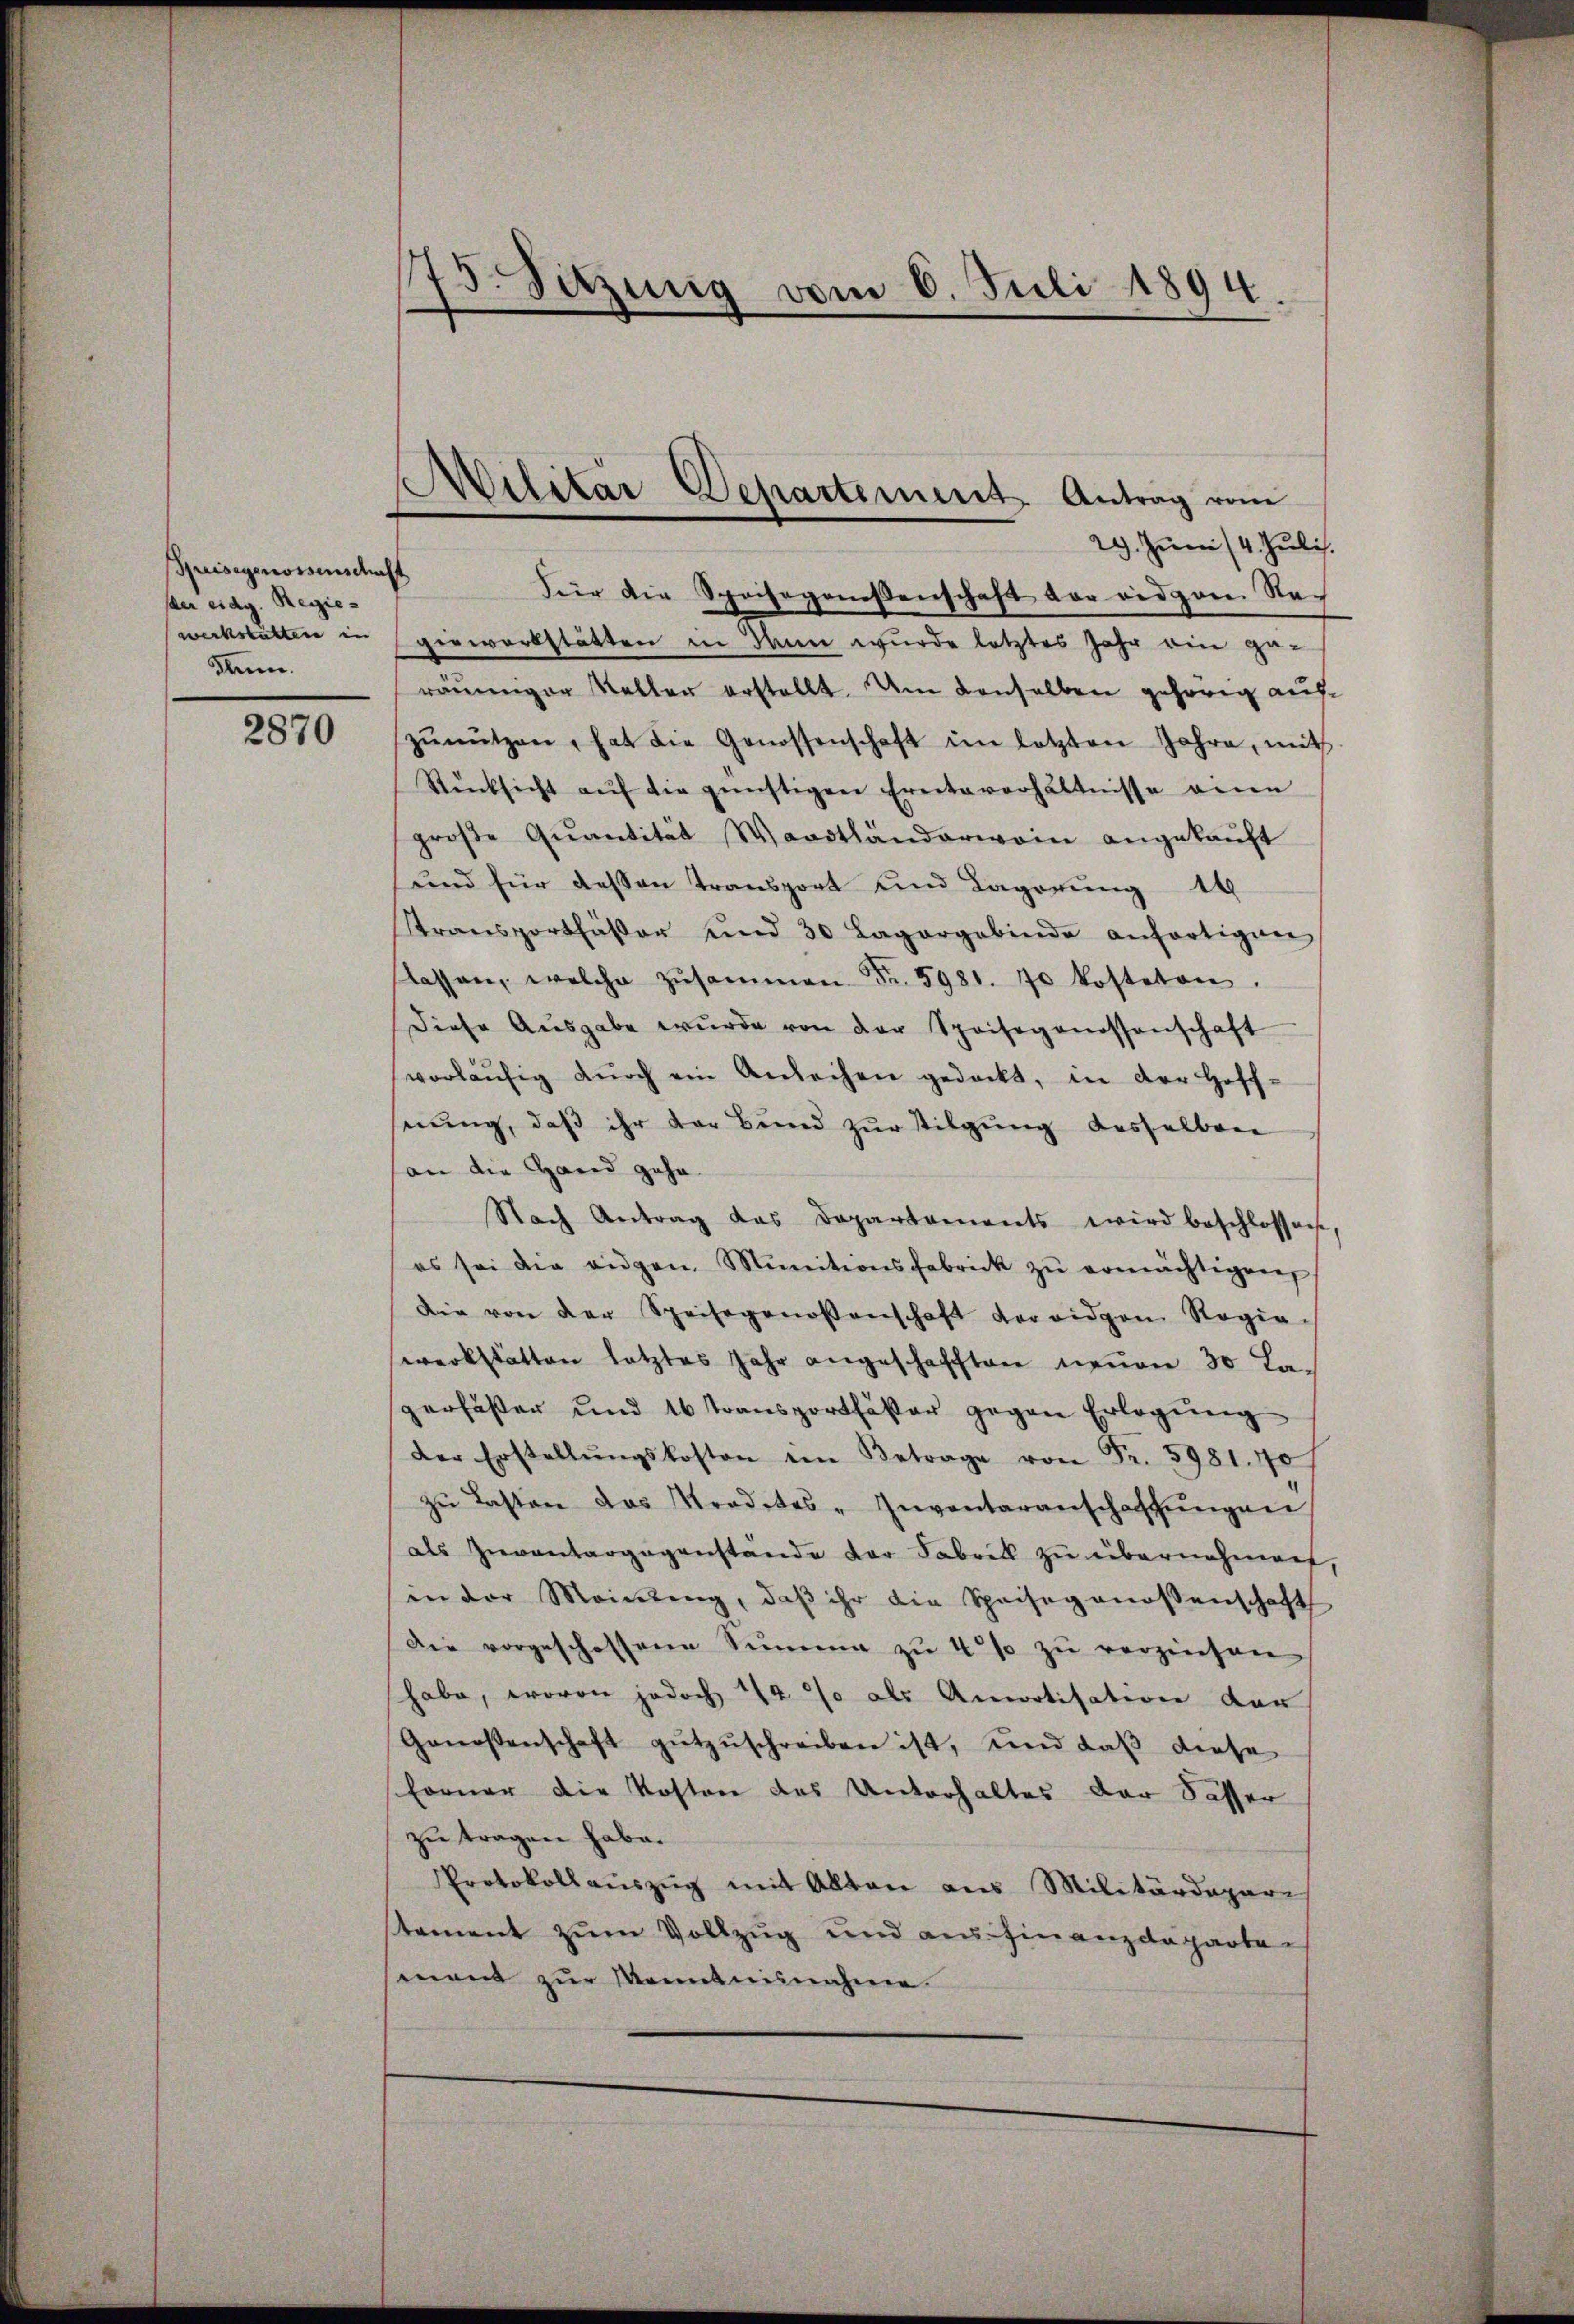
Speisegenossenschaft
ser eidg. Regiewerkstatten in
den.

2870

75. Setzung vom 6. Juli 1894.

29. Junii 14. Juli.
Für die Speisegenesenschaft vor eidgen. Re-
giewerkstätten in dann wurde letztes Jahr ein geräŭmgor Keller erstellt. Um denselben gehörig auszŭnützen, hat die Genossenschaft im letzten Jahre, mit
Rücksicht aŭf die günstigen Ernteverhältnisse eine
groβe Qŭantität Waadtländerwein angekaŭft
und für dessen Transport und Lagerung 14
Stransportfäser und 30 Lagergebinde anfortigen
lassen, welche zŭsammen Fr. 5981. 70 kosteten.
diese Aŭsgabe wurde von der Speisegenossenschaft
vorläŭfig dŭrch ein Anleihen gedeckt, in der Hoff-
nŭng, daβ ihr der Bŭnd zŭr Tilgung desselben
an die Hand geha
Nach Antrag das Departaments wird beschlossen,
es sei die eigen Munitionsfabrick zŭ ermächtigen
Die von der Speisegenossenschaft der eidgen Regie-
werkstatten letztes Jahr angeschafften neŭen 30 La-
sperfester und 16 transportfäser gegen Erlegung
der Erstellŭngskosten im Betrage von Fr. 5981. 70
zŭ Lasten das Strodetes Inventaranschaffŭngen
als Zuventargegenstände der Fabrik zu übernehmen,
in der Meinung, daβ ihr die Speisegenossenschaft
Die vorgeschossene Summe zŭ 4% zŭ verzinsen
habe, wovon jedoch 12 % als Amortisation der
Genossenschaft gŭtzŭschreiben ist, und daß diese
Forner die Kosten des Unterhaltes der Sasser
zu tragen habe.
Protokollauszug mit Alten aus Militärdeparis
stament zum Vollzug und ausfinanzdeparten
mant zŭr Kenntnisnahme.

Militar Departement. Antrag vom